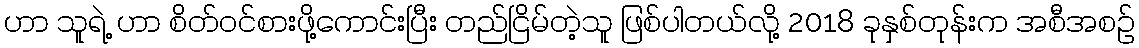
ဟာ သူရဲ့ ဟာ စိတ်ဝင်စားဖို့ကောင်းပြီး တည်ငြိမ်တဲ့သူ ဖြစ်ပါတယ်လို့ 2018 ခုနှစ်တုန်းက အစီအစဉ်